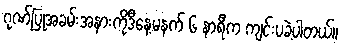
ဂုဏ်ပြုအခမ်းအနားကိုဒီနေ့မနက် ၆ နာရီက ကျင်းပခဲ့ပါတယ်။